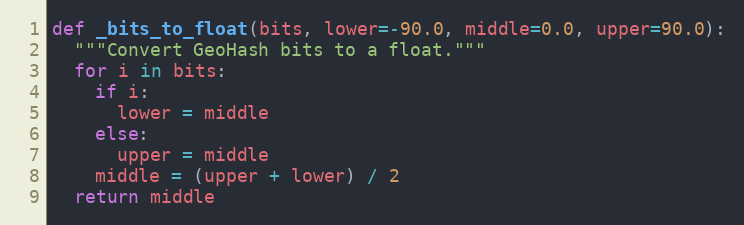
Language: Python
def _bits_to_float(bits, lower=-90.0, middle=0.0, upper=90.0):
  """Convert GeoHash bits to a float."""
  for i in bits:
    if i:
      lower = middle
    else:
      upper = middle
    middle = (upper + lower) / 2
  return middle